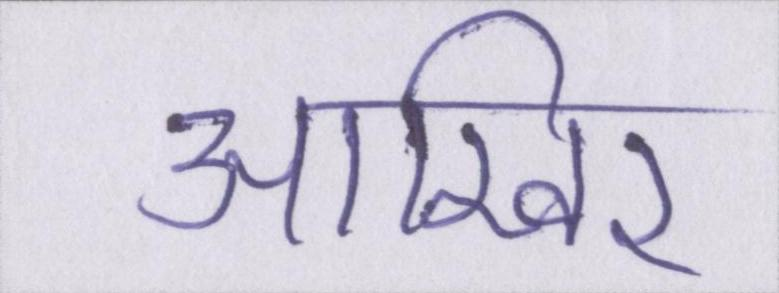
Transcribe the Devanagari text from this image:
आखिर